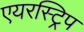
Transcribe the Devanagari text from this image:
एयरस्ट्रिप